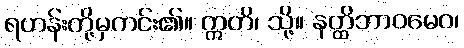
ရဟန်းတို့မှကင်း၏။ ဣတိ၊ သို့။ နတ္ထိဘာဝမေဝ၊